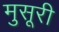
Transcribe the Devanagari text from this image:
मुसूरी